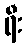
ရီး